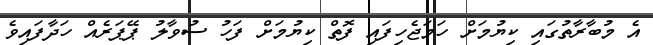
އެ މުބާރާތުގައި ކިޔުމަށް ހަމަޖެހިފައި ފޮތް ކިޔުމަށް ފަހު ސުވާލު ޕޭޕަރެއް ހަދާފައިވެ